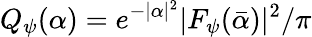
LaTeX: Q_{\psi}(\alpha)=e^{-|\alpha|^{2}}|F_{\psi}(\bar{\alpha})|^{2}/\pi